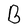
Character: B